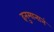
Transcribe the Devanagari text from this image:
हनुमानानं